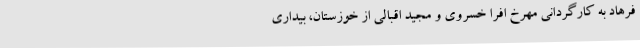
فرهاد به کارگردانی مهرخ افرا خسروی و مجید اقبالی از خوزستان، بیداری